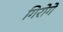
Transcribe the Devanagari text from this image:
गिरोगे